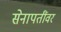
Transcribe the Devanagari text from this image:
सेनापतींवर